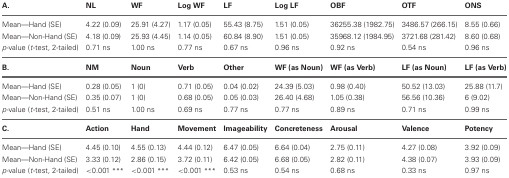
<table><thead><tr><td><b>A.</b></td><td><b>NL</b></td><td><b>WF</b></td><td><b>Log WF</b></td><td><b>LF</b></td><td><b>Log LF</b></td><td><b>OBF</b></td><td><b>OTF</b></td><td><b>ONS</b></td></tr></thead><tbody><tr><td>Mean—Hand (SE)</td><td>4.22 (0.09)</td><td>25.91 (4.27)</td><td>1.17 (0.05)</td><td>55.43 (8.75)</td><td>1.51 (0.05)</td><td>36255.38 (1982.75)</td><td>3486.57 (266.15)</td><td>8.55 (0.66)</td></tr><tr><td>Mean—Non-Hand (SE)</td><td>4.18 (0.09)</td><td>25.93 (4.45)</td><td>1.14 (0.05)</td><td>60.84 (8.90)</td><td>1.51 (0.05)</td><td>35968.12 (1984.95)</td><td>3721.68 (281.42)</td><td>8.60 (0.68)</td></tr><tr><td><i>p</i>-value (<i>t</i>-test, 2-tailed)</td><td>0.71 ns</td><td>1.00 ns</td><td>0.77 ns</td><td>0.67 ns</td><td>0.96 ns</td><td>0.92 ns</td><td>0.54 ns</td><td>0.96 ns</td></tr><tr><td><b>B.</b></td><td><b>NM</b></td><td><b>Noun</b></td><td><b>Verb</b></td><td><b>Other</b></td><td><b>WF (as Noun)</b></td><td><b>WF (as Verb)</b></td><td><b>LF (as Noun)</b></td><td><b>LF (as Verb)</b></td></tr><tr><td>Mean—Hand (SE)</td><td>0.28 (0.05)</td><td>1 (0)</td><td>0.71 (0.05)</td><td>0.04 (0.02)</td><td>24.39 (5.03)</td><td>0.98 (0.40)</td><td>50.52 (13.03)</td><td>25.88 (11.7)</td></tr><tr><td>Mean—Non-Hand (SE)</td><td>0.35 (0.07)</td><td>1 (0)</td><td>0.68 (0.05)</td><td>0.05 (0.03)</td><td>26.40 (4.68)</td><td>1.05 (0.38)</td><td>56.56 (10.36)</td><td>6 (9.02)</td></tr><tr><td><i>p</i>-value (<i>t</i>-test, 2-tailed)</td><td>0.51 ns</td><td>1.00 ns</td><td>0.69 ns</td><td>0.77 ns</td><td>0.77 ns</td><td>0.89 ns</td><td>0.71 ns</td><td>0.99 ns</td></tr><tr><td><b>C.</b></td><td><b>Action</b></td><td><b>Hand</b></td><td><b>Movement</b></td><td><b>Imageability</b></td><td><b>Concreteness</b></td><td><b>Arousal</b></td><td><b>Valence</b></td><td><b>Potency</b></td></tr><tr><td>Mean—Hand (SE)</td><td>4.45 (0.10)</td><td>4.55 (0.13)</td><td>4.44 (0.12)</td><td>6.47 (0.05)</td><td>6.64 (0.04)</td><td>2.75 (0.11)</td><td>4.27 (0.08)</td><td>3.92 (0.09)</td></tr><tr><td>Mean—Non-Hand (SE)</td><td>3.33 (0.12)</td><td>2.86 (0.15)</td><td>3.72 (0.11)</td><td>6.42 (0.05)</td><td>6.68 (0.05)</td><td>2.82 (0.11)</td><td>4.38 (0.07)</td><td>3.93 (0.09)</td></tr><tr><td><i>p</i>-value (<i>t</i>-test, 2-tailed)</td><td>&lt;0.001 <sup>***</sup></td><td>&lt;0.001 <sup>***</sup></td><td>&lt;0.001 <sup>***</sup></td><td>0.53 ns</td><td>0.54 ns</td><td>0.68 ns</td><td>0.33 ns</td><td>0.97 ns</td></tr></tbody></table>